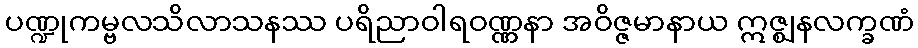
ပဏ္ဍုကမ္ဗလသိလာသနဿ ပရိညာဝါရဝဏ္ဏနာ အဝိဇ္ဇမာနာယ ဣဇ္ဈနလက္ခဏံ